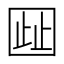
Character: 𫭋